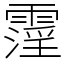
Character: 霪